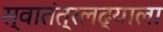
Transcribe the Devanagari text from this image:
स्वातंत्रलढ्याला